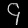
Digit: ၄